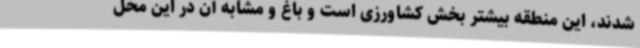
شدند، این منطقه بیشتر بخش کشاورزی است و باغ و مشابه آن در این محل